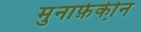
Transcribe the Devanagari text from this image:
मुनाफे़की़न